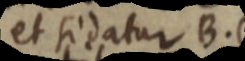
et sidatur B.1